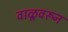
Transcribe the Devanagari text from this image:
वाळूवरून